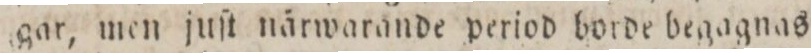
gar, men juſt närwarande period borde begagnas